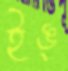
ইঙ্